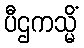
ပီဌကသ္မိံ